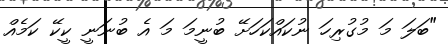
"ބަލަ މަ މުގުރިހަ ނުކައްކަހަށޭ ބުނީމަ މަ އެ ބުނަނީ ކީކޭ ކަމެއް